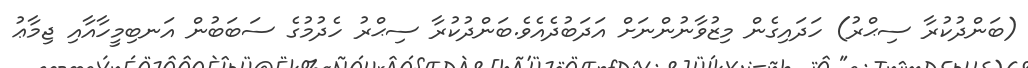
(ބަންދުކުރާ ސިޙްރު) ހަދައިގެން މިޒުވާނުންނަށް އަދަބުދެއެވެ.ބަންދުކުރާ ސިޙްރު ހެދުމުގެ ސަބަބުން އަނބިމީހާއާއި ޖިމާޢު